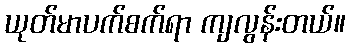
ယုတ်မာပက်စက်ရာ ကျလွန်းတယ်။